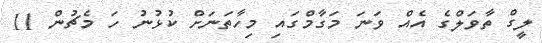
ލީގް ތާވަލްގެ އެއް ވަނަ މަގާމްގައި މިހާތަނަށް ކުޅުނު ހަ މެޗުން 11